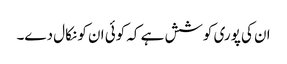
ان کی پوری کوشش ہے کہ کوئی ان کو نکال دے۔